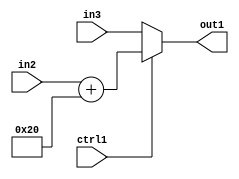
`timescale 1ps / 1ps
/*****************************************************************************
    Verilog RTL Description
    
    
    Created by: Stratus DpOpt 2019.1.01 
*******************************************************************************/

module st_weight_addr_gen_MuxAdd2i32u16u16u1_4_0 (
	in3,
	in2,
	ctrl1,
	out1
	); /* architecture "behavioural" */ 
input [15:0] in3,
	in2;
input  ctrl1;
output [15:0] out1;
wire [15:0] asc001,
	asc002;

assign asc002 = 
	+(in2)
	+(16'B0000000000100000);

reg [15:0] asc001_tmp_0;
assign asc001 = asc001_tmp_0;
always @ (ctrl1 or asc002 or in3) begin
	case (ctrl1)
		1'B1 : asc001_tmp_0 = asc002 ;
		default : asc001_tmp_0 = in3 ;
	endcase
end

assign out1 = asc001;
endmodule

/* CADENCE  v7X1TQ8= : u9/ySgnWtBlWxVPRXgAZ4Og= ** DO NOT EDIT THIS LINE ******/